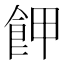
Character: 𩚲